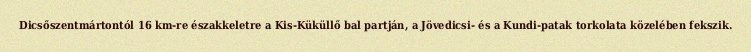
Dicsőszentmártontól 16 km-re északkeletre a Kis-Küküllő bal partján, a Jövedicsi- és a Kundi-patak torkolata közelében fekszik.